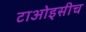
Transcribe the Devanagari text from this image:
टाओइसीच